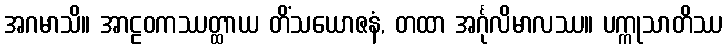
အဂမာသိ။ အာဠဝကဿတ္ထာယ တိံသယောဇနံ, တထာ အင်္ဂုလိမာလဿ။ ပက္ကုသာတိဿ